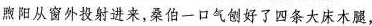
煦阳从窗外投射进来，桑伯一口气创好了四条大床腿，